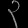
Digit: ၃